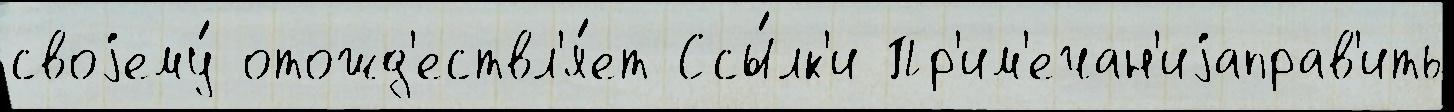
своjему́ отожд'ествл'я́ет Ссы́лк'и Пр'им'ечан'иjаправ'ить